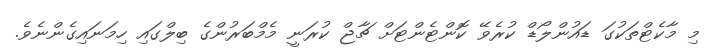
މި މާކެޓްތަކުގަ ޑައުންލޯޑް ކުރެވޭ ކޮންޓެންޓަށް ޗާޖް ކުރަނީ މެމްބަރުންގެ ބިލްގައި ހިމަނައިގެންނެވެ.